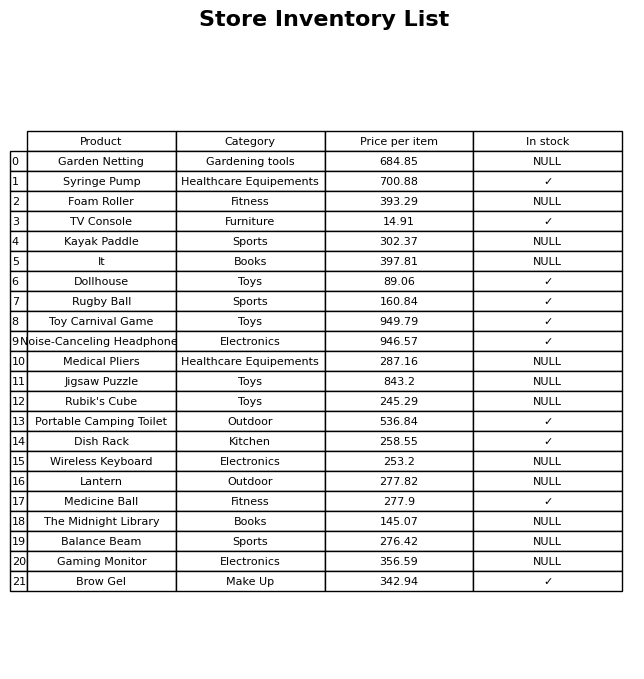
question: What is the price for Wireless Keyboard?
answer: The price of Wireless Keyboard is 253.2.